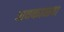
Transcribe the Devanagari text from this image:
अवकाळ्या